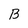
Character: B